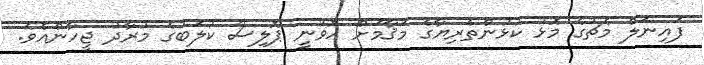
ފައިނަލް މެޗުގެ މޮޅު ކުޅުންތެރިޔާގެ މަޤާމަށް ހޮވުނީ ޕޮލިސް ކުލަބުގެ މުރާދު ޖީހާންއެވެ.